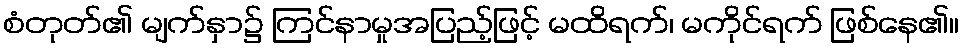
စံတုတ်၏ မျက်နှာ၌ ကြင်နာမှုအပြည့်ဖြင့် မထိရက်၊ မကိုင်ရက် ဖြစ်နေ၏။